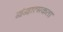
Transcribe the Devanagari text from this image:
द्वंद्वात्मकता